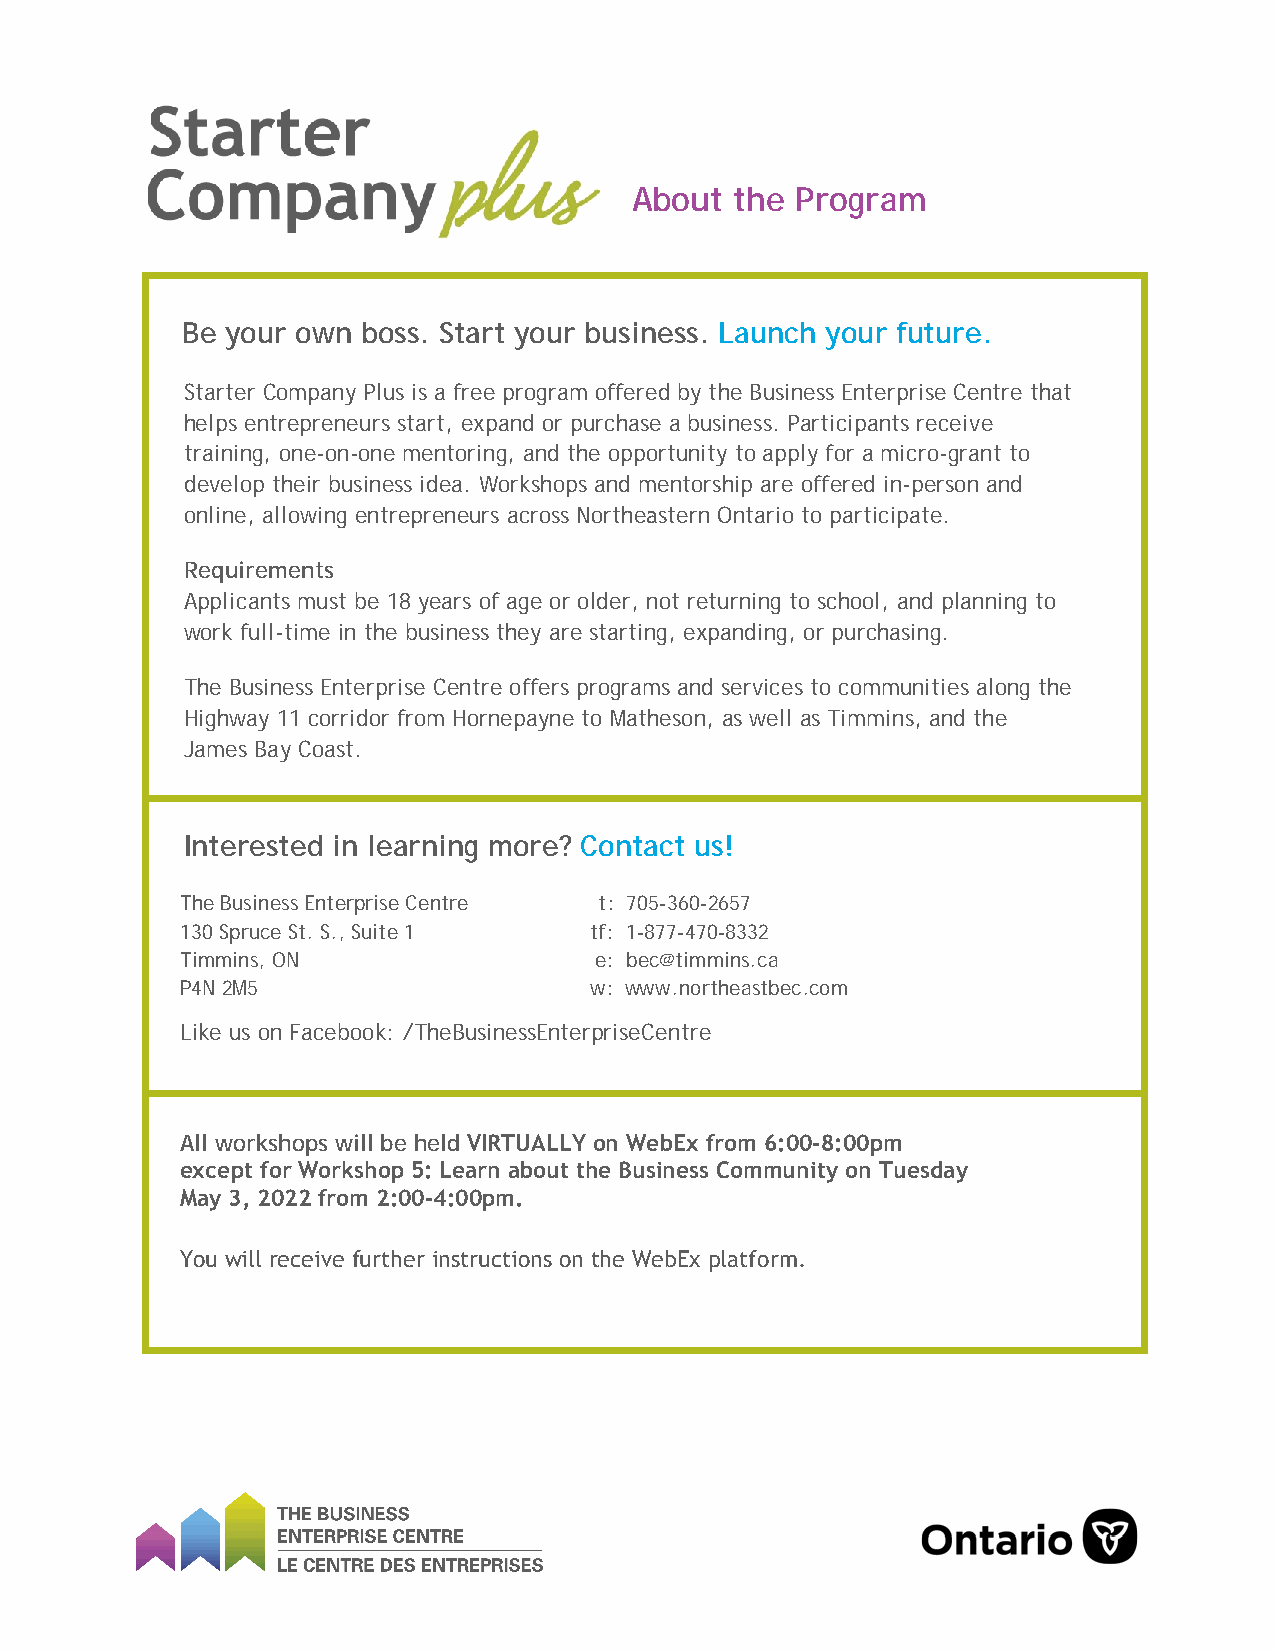
About  the Program
 Be your own boss. Start your business. Launch your future.
 Starter Company Plus is a free program offered by the Business Enterprise Centre that
 helps entrepreneurs start, expand or purchase a business. Participants receive
 training, one-on-one mentoring, and the opportunity to apply for a micro-grant to
 develop their business idea. Workshops and mentorship are offered in-person and
 online, allowing entrepreneurs across Northeastern Ontario to participate.
 Requirements
 Applicants must be 18 years of age or older, not returning to school, and planning to
 work full-time in the business they are starting, expanding, or purchasing.
 The Business Enterprise Centre offers programs and services to communities along the
 Highway 11 corridor from Hornepayne to Matheson, as well as Timmins, and the
 James Bay Coast.
 Interested in learning more? Contact us!
 The Business Enterprise Centre t: 705-360-2657
 130 Spruce St. S., Suite 1 tf: 1-877-470-8332
 Timmins, ON                e: bec@timmins.ca
 P4N 2M5                    w: www.northeastbec.com
 Like us on Facebook: /TheBusinessEnterpriseCentre
 All workshops will be held VIRTUALLY on WebEx from 6:00-8:00pm
 except for Workshop 5: Learn about the Business Community on Tuesday
 May 3, 2022 from 2:00-4:00pm.
 You will receive further instructions on the WebEx platform.